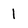
Character: 1